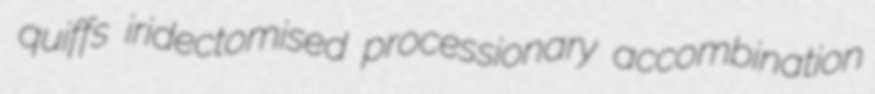
quiffs iridectomised processionary accombination